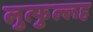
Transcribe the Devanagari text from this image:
लुत्फुल्लह